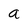
Character: a